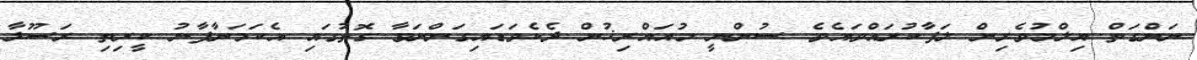
ނަންގަތް އިލްމުވެރިން ލަފާކުރައްވައެވެ. ސުންނީ މުއައްރިޚުން ދެކެވަޑައިގަންނަވާ ގޮތުގައި އެކަމަނާފާނު ކީރިތި ރަސޫލާ